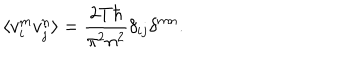
\langle v _ { i } ^ { m } v _ { j } ^ { n } \rangle = \frac { 2 T \hbar } { \pi ^ { 2 } n ^ { 2 } } \delta _ { i j } \delta ^ { m n } .